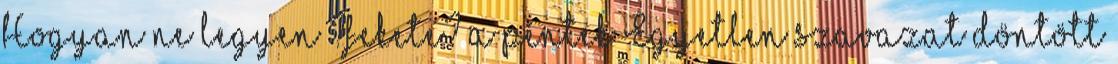
Hogyan ne legyen ?fekete? a péntek Egyetlen szavazat döntött